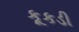
કૂકડી